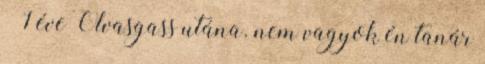
– 1 éve Olvasgass utána. nem vagyok én tanár